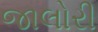
જાલોરી